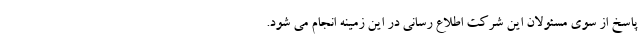
پاسخ از سوی مسئولان این شرکت اطلاع رسانی در این زمینه انجام می شود.